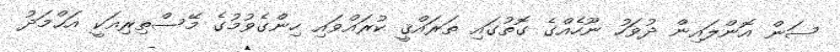
ސަން އޮންލައިން ދުވަހު ނޫހެއްގެ ގޮތުގައި ތަރައްޤީ ކުރައްވައި ހިންގެވުމުގެ މޭސްތިރިއަކީ އަޙްމަދު